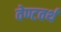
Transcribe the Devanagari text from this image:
वेण्टवर्थ